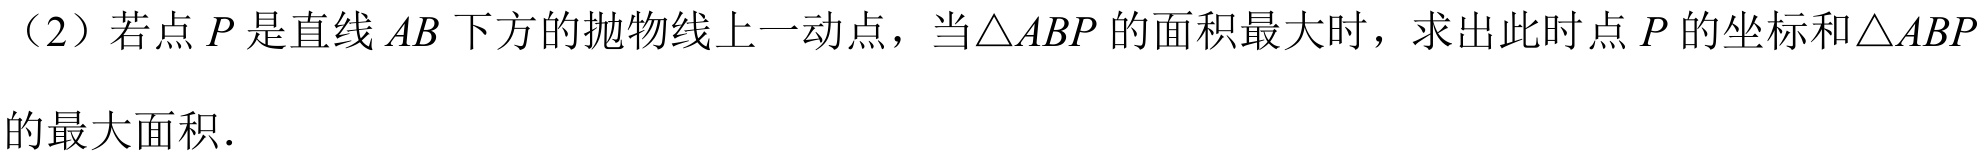
（2）若点\(P\)是直线\(AB\)下方的抛物线上一动点，当\(\triangle ABP\)的面积最大时，求出此时点\(P\)的坐标和\(\triangle ABP\)的最大面积.